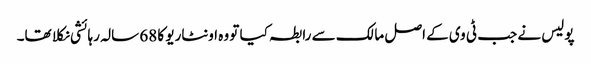
پولیس نے جب ٹی وی کے اصل مالک سے رابطہ کیا تو وہ اونٹاریو کا 68 سالہ رہائشی نکلا تھا۔